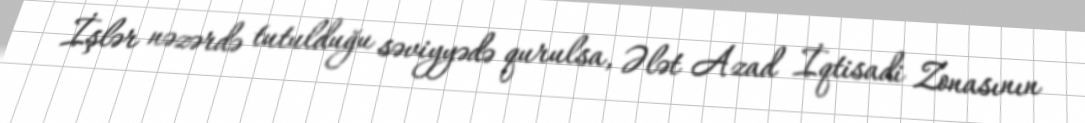
İşlər nəzərdə tutulduğu səviyyədə qurulsa, Ələt Azad İqtisadi Zonasının